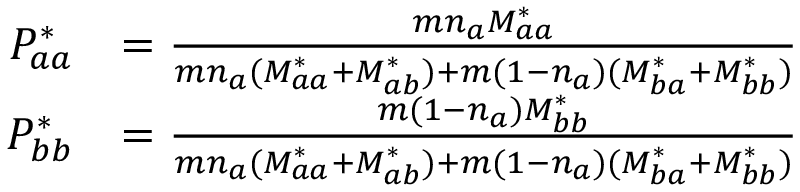
\begin{array} { r l } { P _ { a a } ^ { * } } & { = \frac { m n _ { a } M _ { a a } ^ { * } } { m n _ { a } ( M _ { a a } ^ { * } + M _ { a b } ^ { * } ) + m ( 1 - n _ { a } ) ( M _ { b a } ^ { * } + M _ { b b } ^ { * } ) } } \\ { P _ { b b } ^ { * } } & { = \frac { m ( 1 - n _ { a } ) M _ { b b } ^ { * } } { m n _ { a } ( M _ { a a } ^ { * } + M _ { a b } ^ { * } ) + m ( 1 - n _ { a } ) ( M _ { b a } ^ { * } + M _ { b b } ^ { * } ) } } \end{array}